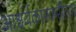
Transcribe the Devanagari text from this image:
आश्चर्यकारकरीत्या